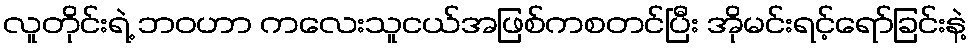
လူတိုင်းရဲ့ ဘဝဟာ ကလေးသူငယ်အဖြစ်ကစတင်ပြီး အိုမင်းရင့်ရော်ခြင်းနဲ့